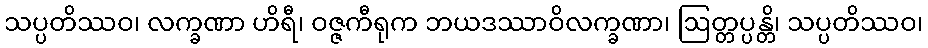
သပ္ပတိဿဝ၊ လက္ခဏာ ဟိရီ၊ ဝဇ္ဇကီရုက ဘယဒဿာဝိလက္ခဏာ၊ ဩတ္တပ္ပန္တိ၊ သပ္ပတိဿဝ၊